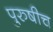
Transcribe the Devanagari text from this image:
पुरुषीच